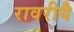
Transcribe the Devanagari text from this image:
रावरीयै